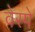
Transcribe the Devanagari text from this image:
वेस्पे